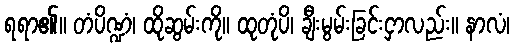
ရရာ၏။ တံပိဏ္ဍံ၊ ထိုဆွမ်းကို။ ထုတုံပိ၊ ချီးမွမ်းခြင်းငှာလည်း။ နာလံ၊